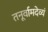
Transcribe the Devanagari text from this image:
तनूर्वामदेव्यं